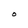
Character: O